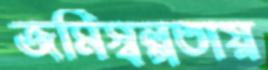
জমিস্বল্পতায়